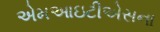
એમઆઇટીએસના